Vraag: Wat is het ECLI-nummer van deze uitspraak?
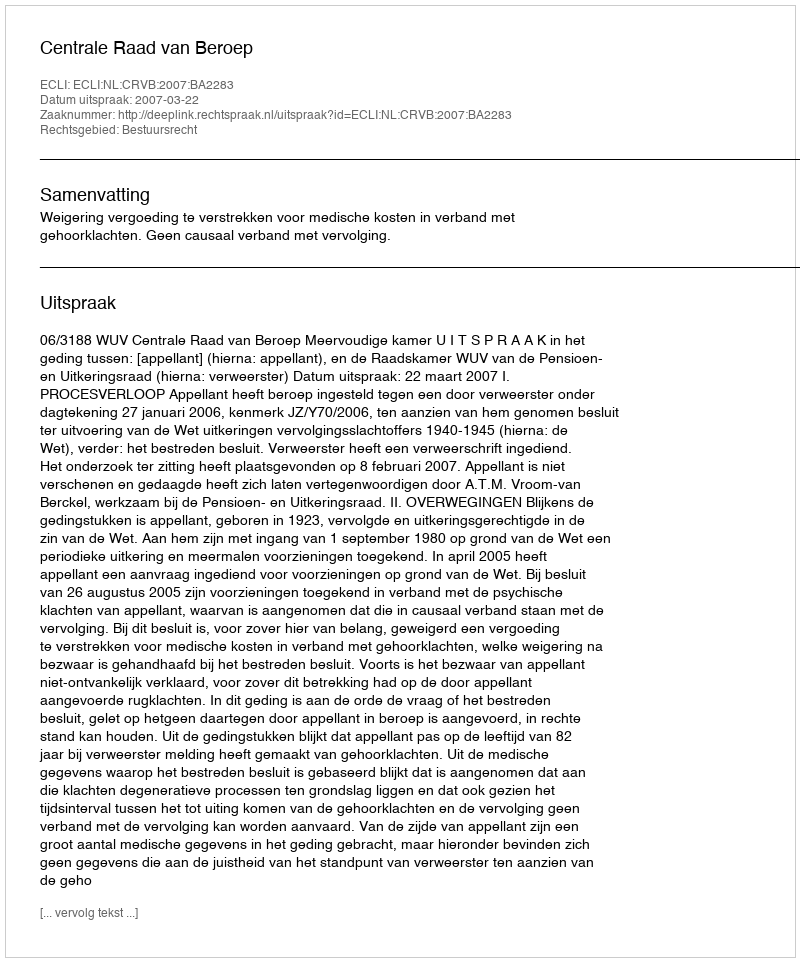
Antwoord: ECLI:NL:CRVB:2007:BA2283